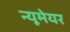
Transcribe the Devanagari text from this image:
न्यूमेयर